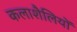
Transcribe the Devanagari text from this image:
कलाशैलियों